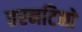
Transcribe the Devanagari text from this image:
तरनटिनो